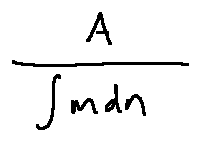
\frac { A } { \int m d n }